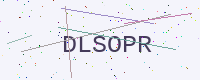
Text: DLSOPR